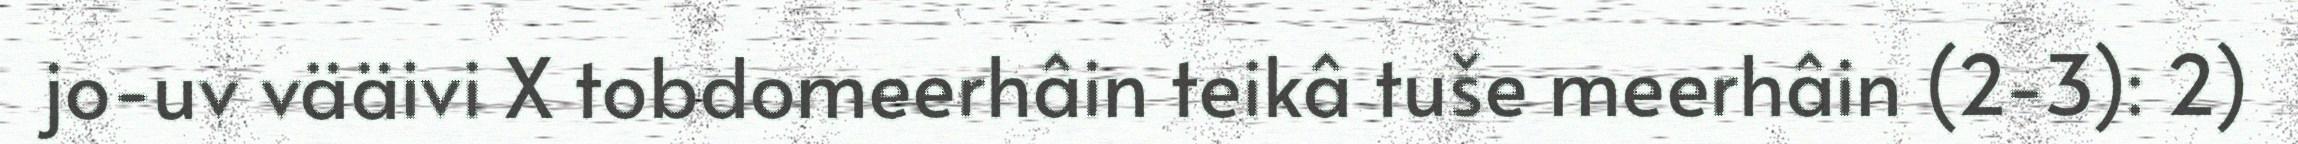
jo-uv vääivi X tobdomeerhâin teikâ tuše meerhâin (2-3): 2)